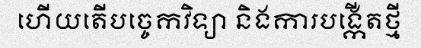
ហើយតើបច្ចេកវិទ្យា និងការបង្កើតថ្មី